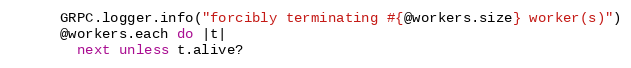
Language: Ruby
      GRPC.logger.info("forcibly terminating #{@workers.size} worker(s)")
      @workers.each do |t|
        next unless t.alive?